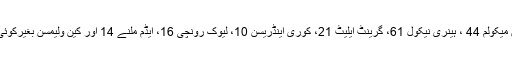
اس سے قبل نیوزی لینڈ نے پہلے بیٹنگ کی تو کیویز کی جانب سے مارٹن گپٹل نے 90، برینڈن میکولم 44 ، ہینری نیکول 61، گرینٹ ایلیٹ 21، کوری اینڈریسن 10، لیوک رونچی 16، ایڈم ملنے 14 اور کین ولیمسن بغیرکوئی رنز بنائے آؤٹ ہوئے جب کہ مچل سینٹنر 35 اور میٹ ہینری 5 رنز کے ساتھ ناٹ آؤٹ رہے۔